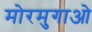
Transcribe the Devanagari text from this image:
मोरमुगाओ